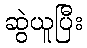
ဆွဲယူပြီး